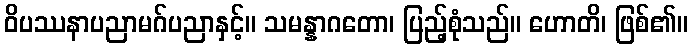
ဝိပဿနာပညာမဂ်ပညာနှင့်။ သမန္နာဂတော၊ ပြည့်စုံသည်။ ဟောတိ၊ ဖြစ်၏။